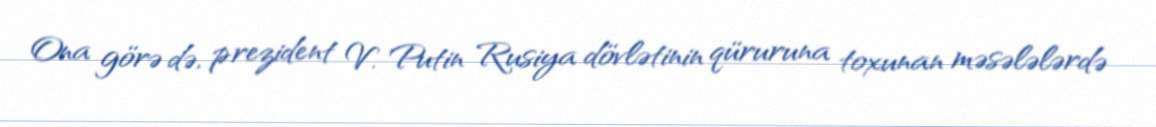
Ona görə də, prezident V. Putin Rusiya dövlətinin qüruruna toxunan məsələlərdə